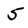
Character: 5